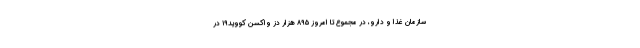
سازمان غذا و دارو، در مجموع تا امروز ۸۹۵ هزار دز واکسن کووید۱۹ در